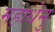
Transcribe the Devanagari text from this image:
महाधेनु